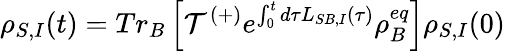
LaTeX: {{\rho}_{S,I}}(t)=T{{r}_{B}}\left[{\mathcal{T}^{(+)}}{{e}^{\int_{0}^{t}{d\tau{{L}_{SB,I}}(\tau)}}}\rho_{B}^{eq}\right]{{\rho}_{S,I}}(0)